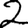
Digit: 2